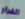
الفرار